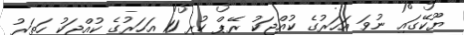
ޔޫކޭގައި ނުވަ އަހަރުގެ ކުއްޖަކު ރޭޕް ކުރި 11 އަހަރުގެ ކުއްޖަކު ހަތަރު